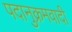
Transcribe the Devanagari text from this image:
पदानुक्रमवादी